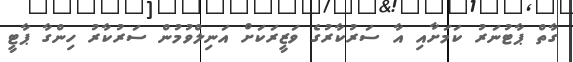
ގާތް ޕާޓުނަރު ކަމަށާއި އާ ސަރުކާރުގެ ވަޒީރަކަށް އަނިލްވުމުން ސަރުކާރު ހިންގާ ޕާޓީ